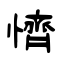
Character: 懠